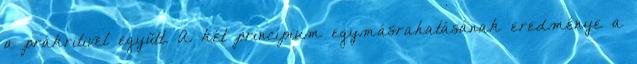
a prákritivel együtt. A két princípium egymásrahatásának eredménye a